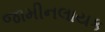
જામીનલાયક